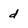
Character: d